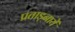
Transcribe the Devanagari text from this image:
प्रताड़नायें